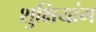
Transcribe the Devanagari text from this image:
शुक्षियांग